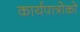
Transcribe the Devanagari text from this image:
कार्यपात्रोको